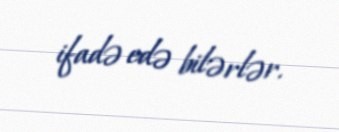
ifadə edə bilərlər.